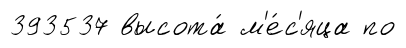
393537 высота́ м'е́с'яца по